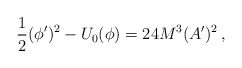
\begin{align*}\frac{1}{2}(\phi')^2-U_0(\phi)=24M^3(A')^2 \, ,\end{align*}